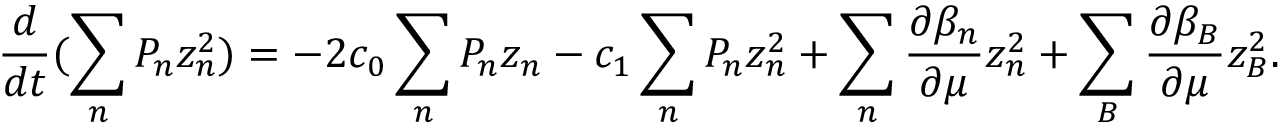
\frac { d } { d t } ( \sum _ { n } P _ { n } z _ { n } ^ { 2 } ) = - 2 c _ { 0 } \sum _ { n } P _ { n } z _ { n } - c _ { 1 } \sum _ { n } P _ { n } z _ { n } ^ { 2 } + \sum _ { n } \frac { \partial \beta _ { n } } { \partial \mu } z _ { n } ^ { 2 } + \sum _ { B } \frac { \partial \beta _ { B } } { \partial \mu } z _ { B } ^ { 2 } .